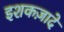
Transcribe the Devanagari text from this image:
इशकज़ादे